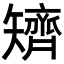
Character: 𥐌